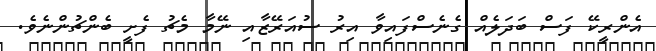
އެންރީކޭ ފަސް ބަދަލެއް ގެނެސްފައިވާ އިރު ސުއަރޭޒާއި ނޭމާ މެޗު ފެށީ ބެންޗުންނެވެ.